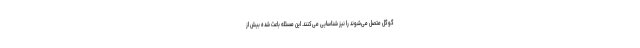
گوگل متصل می‌شوند را نیز شناسایی می‌کنند. این مسئله باعث شده بیش از